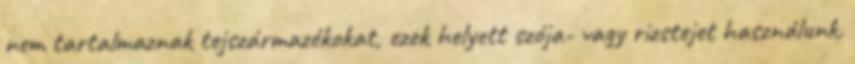
nem tartalmaznak tejszármazékokat, ezek helyett szója- vagy rizstejet használunk.